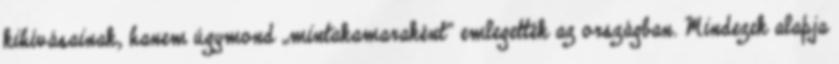
kihívásainak, hanem úgymond „mintakamaraként” emlegették az országban. Mindezek alapja